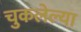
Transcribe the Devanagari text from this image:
चुकलेल्या